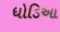
ધોડિઆ